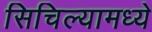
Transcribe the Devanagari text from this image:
सिचिल्यामध्ये